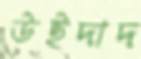
উইদাদ